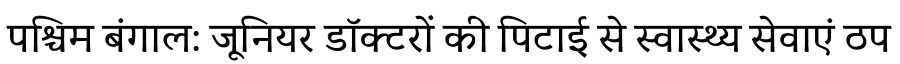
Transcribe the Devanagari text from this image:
पश्चिम बंगाल: जूनियर डॉक्टरों की पिटाई से स्वास्थ्य सेवाएं ठप